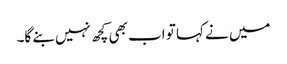
میں نے کہا تو اب بھی کچھ نہیں بنے گا۔